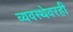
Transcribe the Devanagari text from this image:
व्यवस्थेवरही